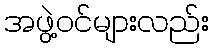
အဖွဲ့ဝင်များလည်း